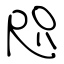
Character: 咫